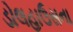
ડોલહાઉસના